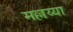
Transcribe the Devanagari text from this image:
मल्लय्या